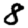
Digit: 8